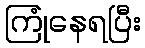
ကြုံနေရပြီး